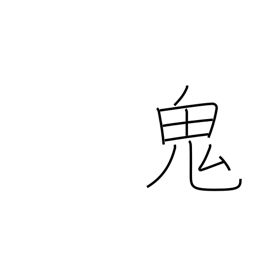
Meaning: ghost